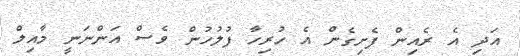
އަދި އެ ރެއިން ފެށިގެން އެ ހުރިހާ ފުލުހުން ވެސް އަންނަނީ މާއިލް